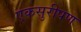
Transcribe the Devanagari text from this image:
एकसुरीपण